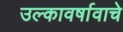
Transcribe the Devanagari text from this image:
उल्कावर्षावाचे